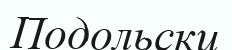
Подольски